Leaving Certificate Examination, 1921
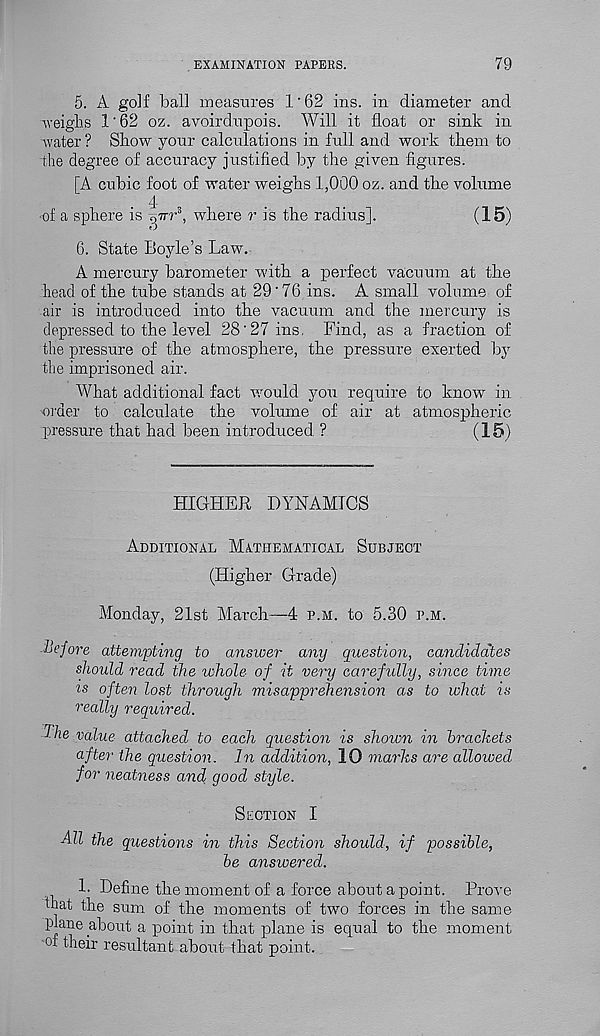
EXAMINATION PAPERS.
79
5. A golf ball measures 1'62 ins. in diameter and
weighs 1'62 oz. avoirdupois. Will it float or sink in
water ? Show your calculations in full and work them to
the degree of accuracy justified by the given figures.
[A cubic foot of water weighs 1,000 oz. and the volume
.4
•of a sphere is .,77r 3 , where r is the radius].
(15)
6. State Boyle’s Law.
A mercury barometer with a perfect vacuum at the
head of tire tube stands at 29'76 ins. A small volume of
air is introduced into the vacuum and the mercury is
depressed to the level 28'27 ins. Find, as a fraction of
the pressure of the atmosphere, the pressure exerted by
the imprisoned air.
What additional fact would you require to know in
’Order to calculate the volume of air at atmospheric
pressure that had been introduced. ?
(15)
HIGHER DYNAMICS
Additional Mathematical Subject
(Higher Grade)
Monday, 21st March—4 p.m. to 5.30 p.m.
Before attempting to ansioer any question, candidates
should read the whole of it very carefully, since time
is often lost through misapprehension as to what is
really required.
Die value attached to each question is shown in brackets
after the question. In addition, 10 marks are allowed
for neatness and good style.
Suction I
All the questions in this Section should, if possible,
be answered.
1. Define the moment of a force about a point. Prove
that the sum of the moments of two forces in the same
plane about a point in that plane is equal to the moment
'Of their resultant about that point.